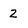
Character: 2